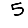
Digit: 5